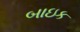
બાઇક